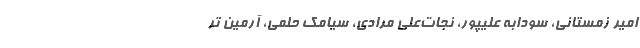
امیر زمستانی، سودابه علیپور، نجات‌علی مرادی، سیامک حلمی، آرمین تر